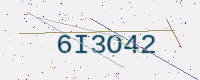
Text: 6I3O42